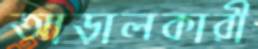
আড়ালকারী